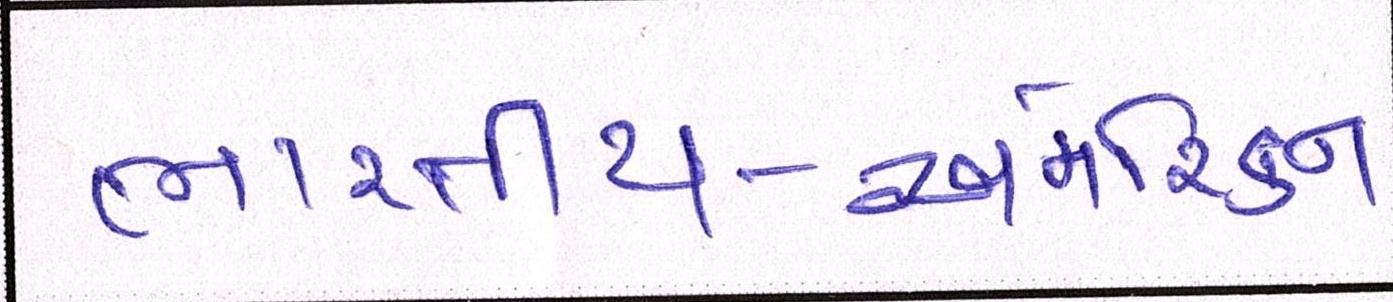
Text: ભારતીય-અમેરિકન